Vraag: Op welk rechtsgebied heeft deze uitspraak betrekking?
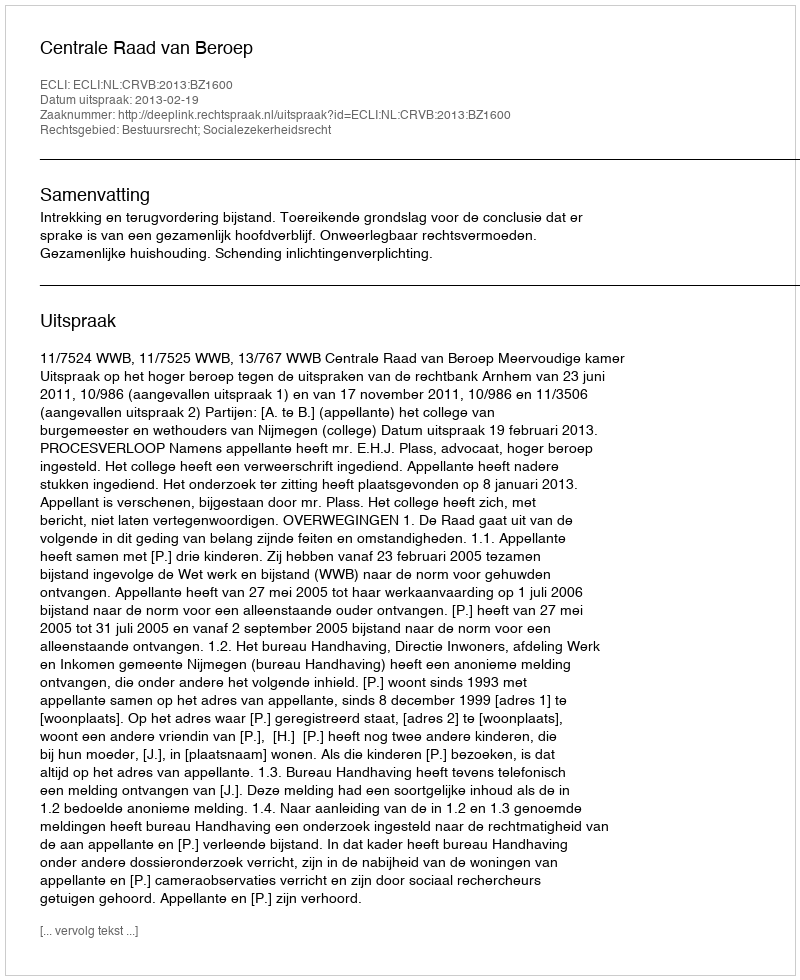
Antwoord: Bestuursrecht; Socialezekerheidsrecht